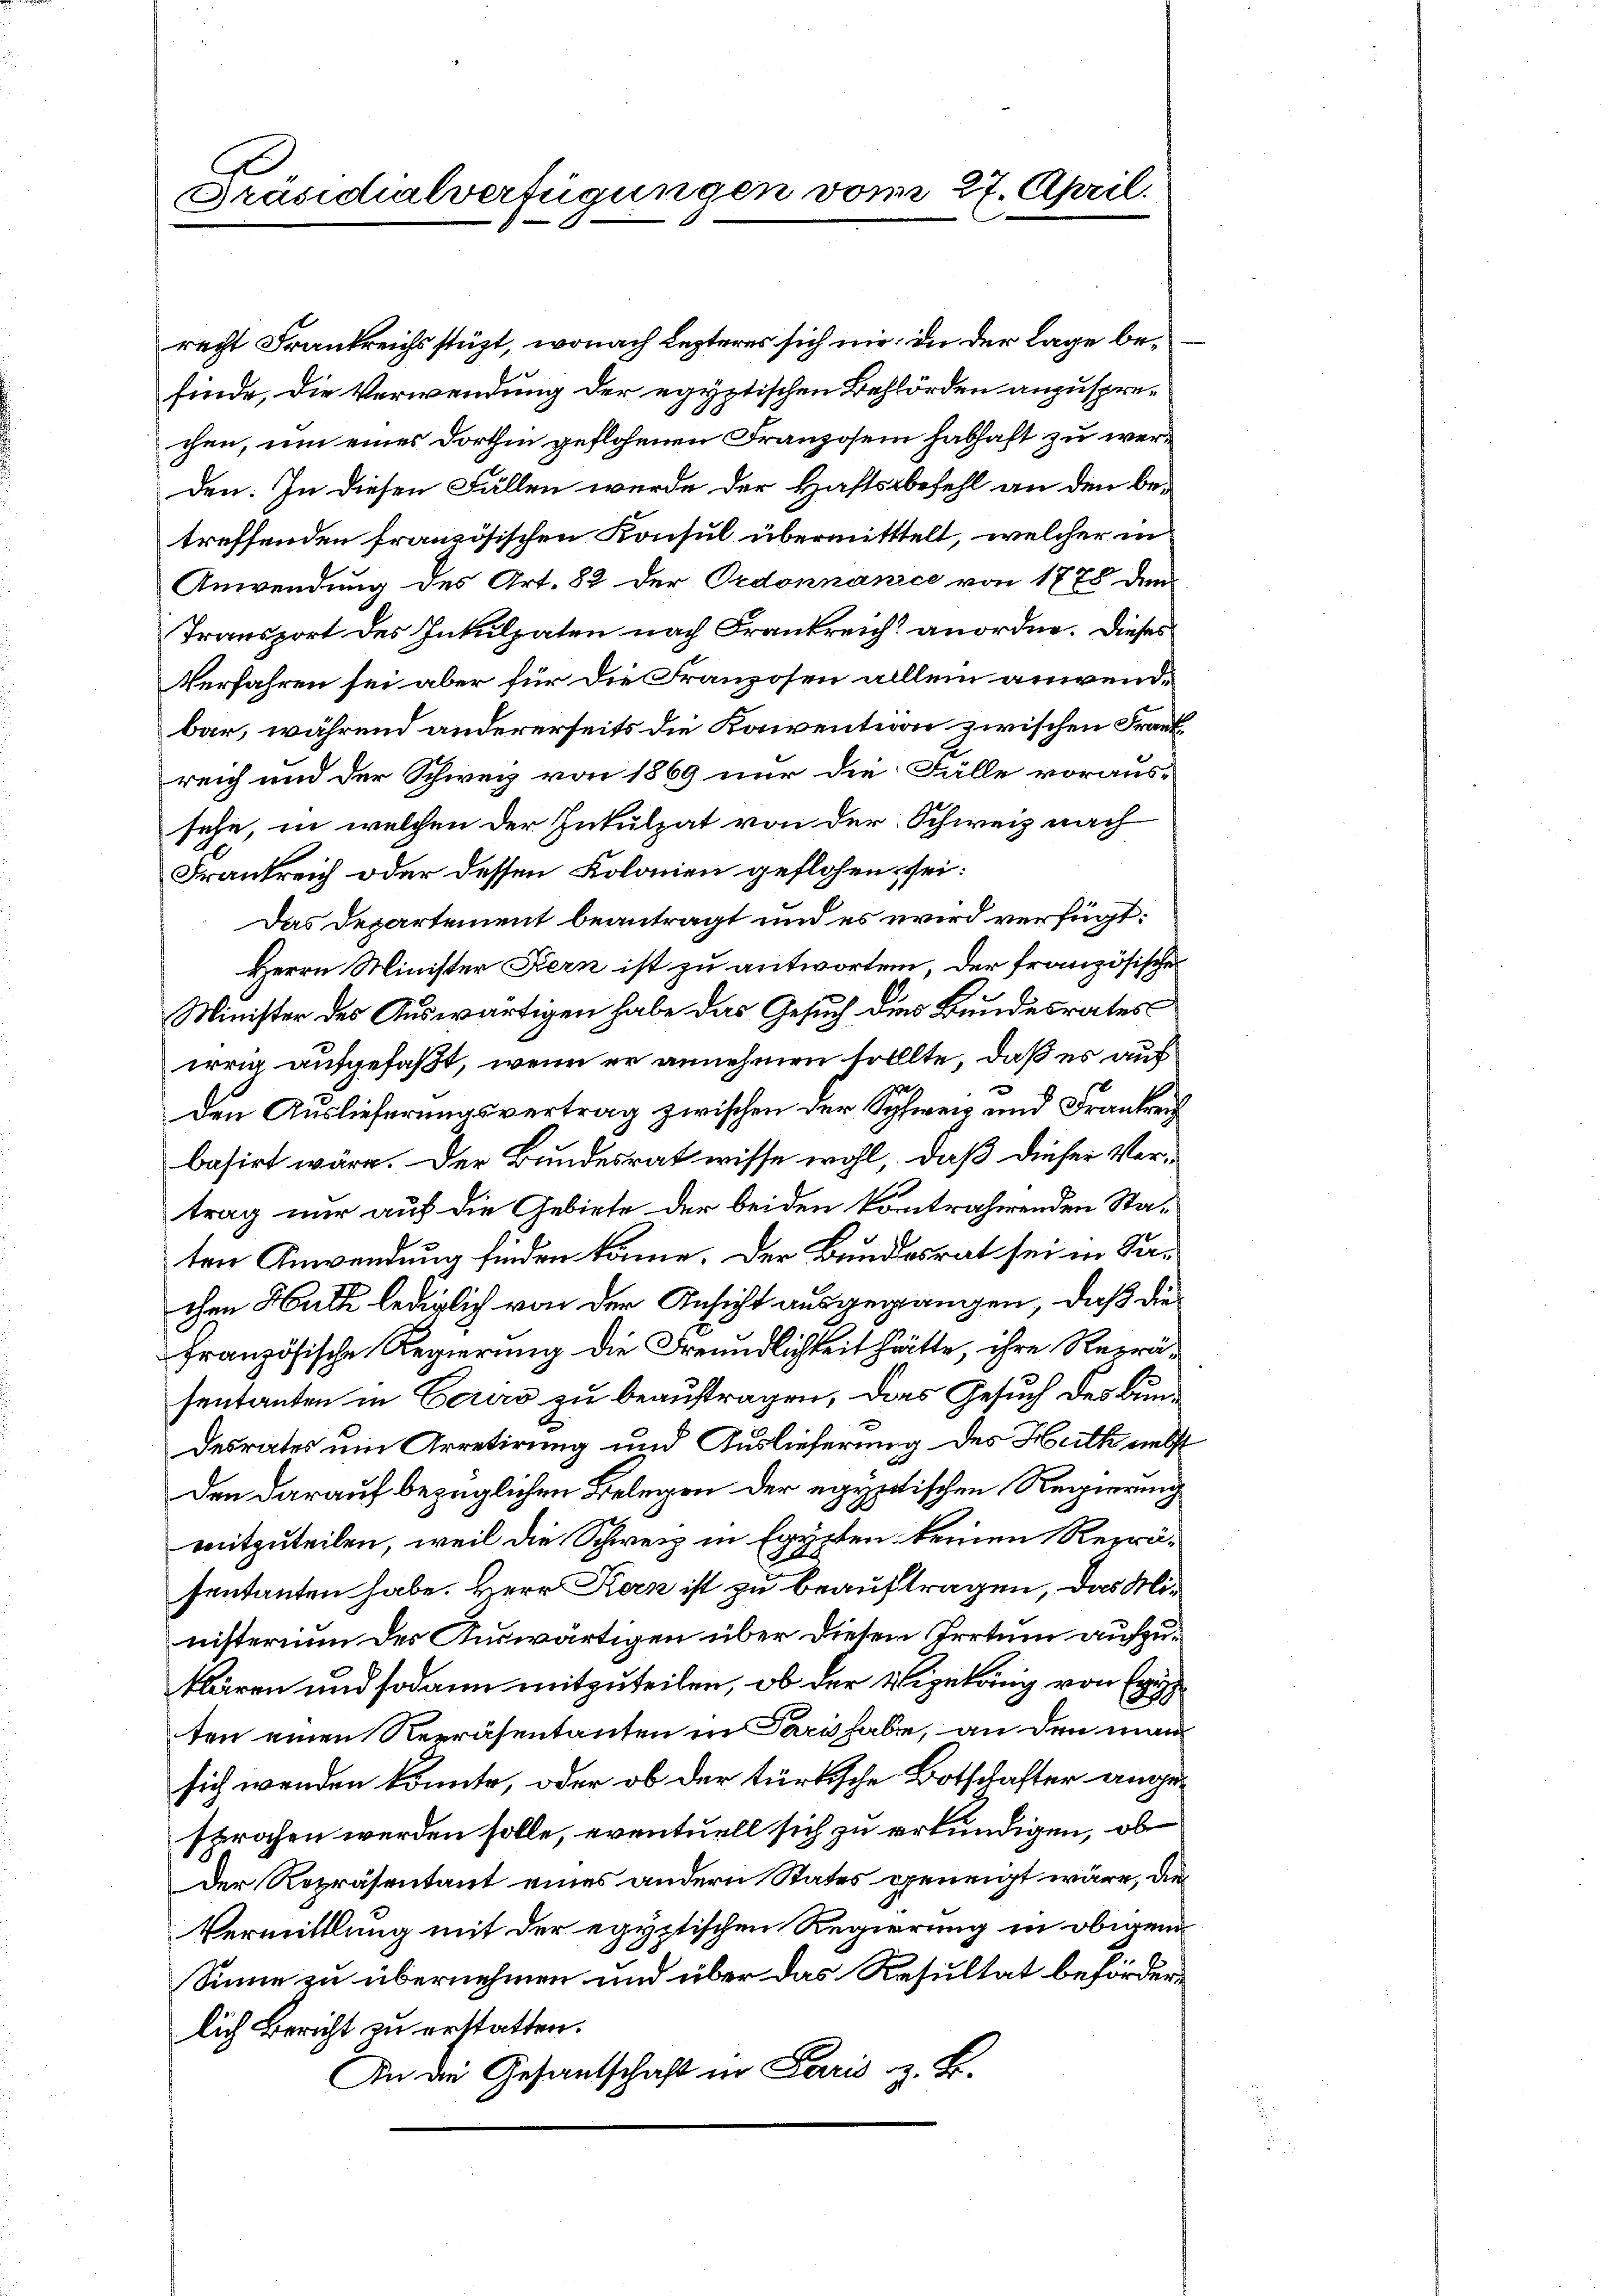
Präsidialverfügungen vom 27. April.

recht Frankreichsstüzt, wonach Lezteres sich nie. In der Lage befinde, die Verwendung der egyptischen Behörden anzusprechen, um eines Dorthin geflohenen Franzosen habhaft zu werden. In diesen Fällen wurde der Haftsbefehl an den betreffenden französischen Konsul übermitttelt, welcher in
Anwendung des Art. 82 der Ordonnance von 1778 den
Transport des Inkulpaten nach Frankreich anordne. Dieses
Verfahren sei aber für die Franzosen alllein anwendbar, während andererseits die Konvention zwischen Frankreich und der Schweiz von 1869 nur die Fälle voraus-
sehe, in welchen der Inkulpat von der Schweiz nach
Frankreich oder dessen Kolonen geflohen sei:
Das Departement beantragt und es wird verfügt:
Herrn Minister Fern ist zu antworten, der französischer
Minister des Auswärtigen habe das Gesuch dies Bundesrates
irrig aufgefaßt, wenn er annehmen sollte, daß es auf
den Auslieferungsvertrag zwischen der Schweiz und Frankrei
basirt wäre. Der Bundesrat wisse wohl, daß dieser Ver-
trag nur auf die Gebiete der beiden kontrahirenden Staten Anwendung finden könne. Der Bundesrat sei in Sachen Huth lediglich von der Ansicht ausgegangen, daß die
französische Regierung die Freundlichkeit hätte, ihre Repräsentanten in Cerers zu beauftragen, das Gesuch des Bundesrates um Arretirung und Auslieferung des Heilk nebst
den darauf bezüglichen Belegen der egyptischen Regierung
mitzuteilen, weil die Schweiz in Egypten keinen Repräsentanten habe. Herr Kern ist zu beauftragen, das Ministerium der Auswärtigen über diesem Irrtum aufzuklären und sodann mitzuteilen, ob der Vizekung von Egg
ten einen Repräsentanten in Pari habe, an den man
sich wenden könnte, oder ob der türkische Botschafter angesprochen werden solle, eventuell sich zu erkundigen, ob
Der Repräsentant eines andern States geneigt wäre, die
Vermittlung mit der egyptischen Regierung in obigem
Sinne zu übernehmen und über das Resultat beförderlich Bericht zu erstatten.
An die Gesantschaft in Paris z. B.